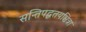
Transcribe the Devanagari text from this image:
सन्तिपद्धतयश्चित्रा